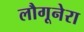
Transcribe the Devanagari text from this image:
लौगूनेरा